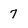
Character: 7